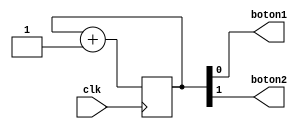
//simular_pulsaciones_botones.v
//Para el Workshop Crea tu propio juego Arcade (y como sobrevivir al intento)
module simular_pulsaciones_botones(
  input wire clk,
  output wire boton1,
  output wire boton2
);
  reg [1:0] cnt;
  
  //logica para simular las posibles combinaciones de pulsaciones de 
  //los dos botones
  always @(posedge clk) begin
    cnt <= cnt + 2'b01;
  end
  assign boton1 = cnt[0];
  assign boton2 = cnt[1];
endmodule